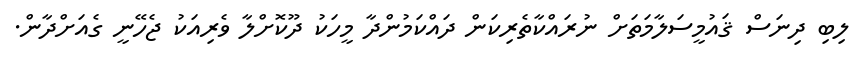
ލިބި ދިނަސް ޤައުމީސަލާމަތަށް ނުރައްކާތެރިކަން ދައްކަމުންދާ މީހަކު ދޫކޮށްލާ ވެރިއަކު ޖެހޭނީ ގެއަށްދާން.